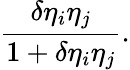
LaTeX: {\frac{\delta\eta_{i}\eta_{j}}{1+\delta\eta_{i}\eta_{j}}}.